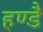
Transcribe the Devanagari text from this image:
हण्डै